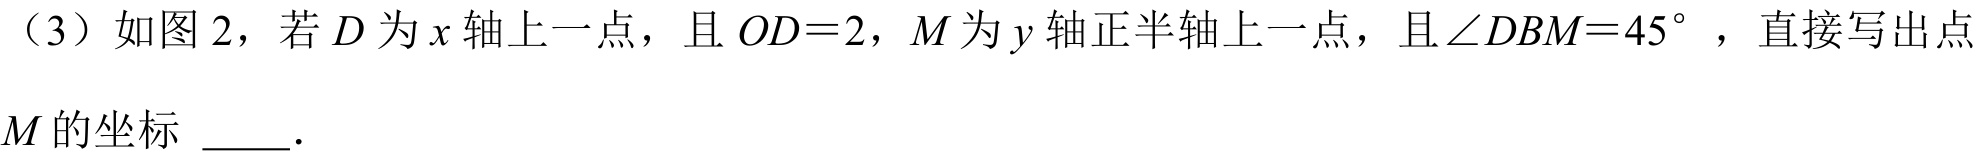
（3）如图2，若\(D\)为\(x\)轴上一点，且\(OD = 2\)，\(M\)为\(y\)轴正半轴上一点，且\(\angle DBM = 45^{\circ}\)，直接写出点
\(M\)的坐标 \_\_\_.